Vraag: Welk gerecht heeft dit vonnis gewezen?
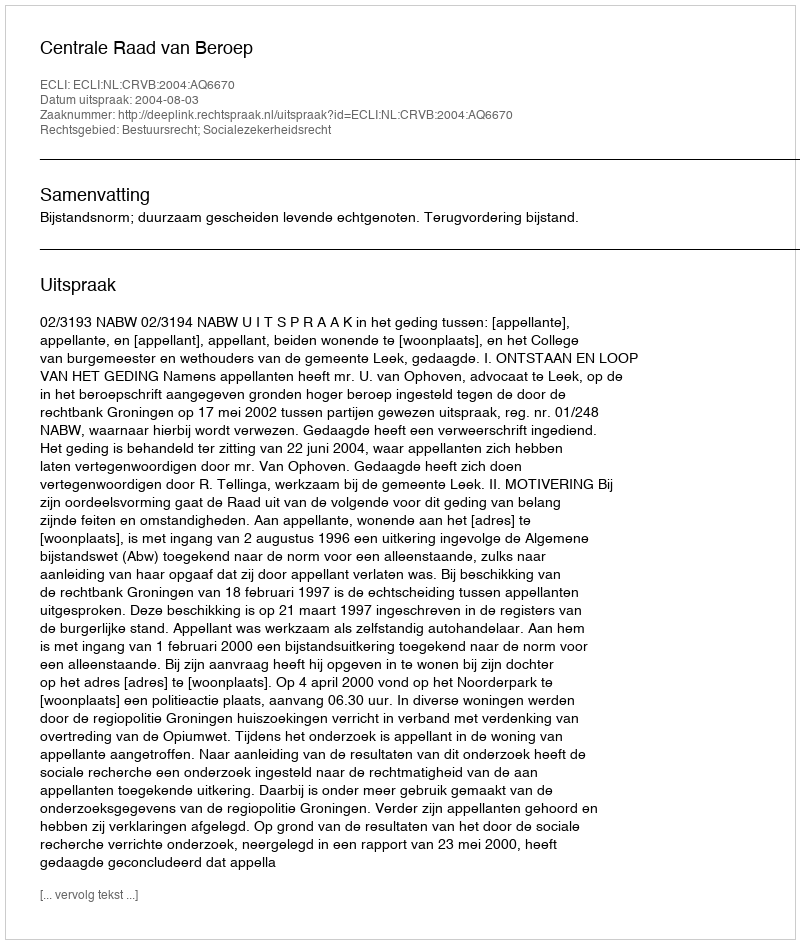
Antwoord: Centrale Raad van Beroep